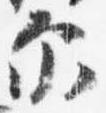
示